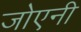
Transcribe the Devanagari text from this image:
जोएनी